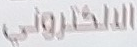
الالكتروني